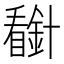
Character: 𰦈